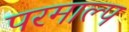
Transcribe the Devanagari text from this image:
परमाल्प